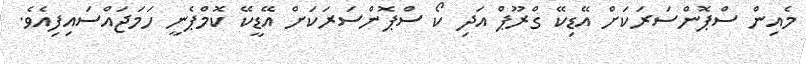
މެއިން ސްޕޮންސަރަކަށް އޭޑިކޭ ގްރޫޕް އަދި ކޯ ސްޕޮންސަރަކަށް އޭޑީކޭ ކޮމްޕެނީ ހަމަޖައްސައިފިއެވެ.